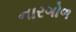
નારગોળ